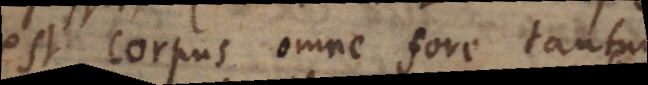
est corpus omne fore tantu